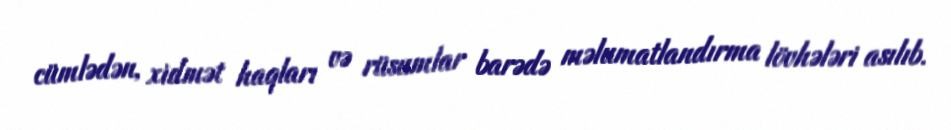
cümlədən, xidmət haqları və rüsumlar barədə məlumatlandırma lövhələri asılıb.